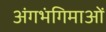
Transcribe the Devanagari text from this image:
अंगभंगिमाओं